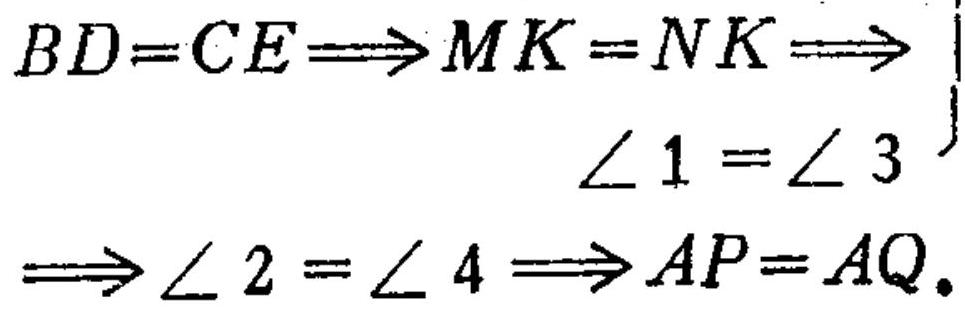
\(BD = CE\Longrightarrow MK = NK\Longrightarrow\)
\(\angle 1=\angle 3\)
\(\Longrightarrow\angle 2=\angle 4\Longrightarrow AP = AQ.\)